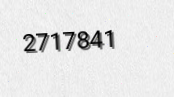
2717841